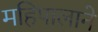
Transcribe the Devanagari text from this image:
महिपालाने